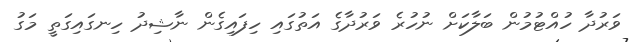
ވަރުދާ ހުއްޓުމުން ބަލާކަށް ނުހުރެ ވަރުދާގެ އަތުގައި ހިފައިގެން ނާޝިދު ހިނގައިގަތީ މަގު